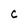
Character: c